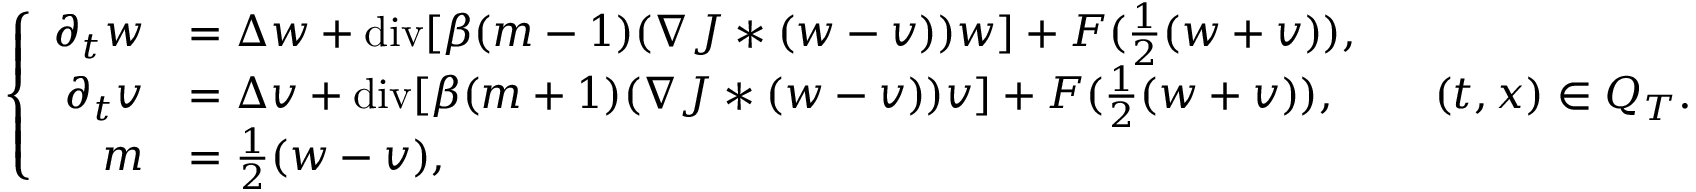
\left\lbrace \begin{array} { r l } { \partial _ { t } w } & { = \Delta w + \mathrm { d i v } [ \beta ( m - 1 ) ( \nabla J * ( w - v ) ) w ] + F ( \frac { 1 } { 2 } ( w + v ) ) , } \\ { \partial _ { t } v } & { = \Delta v + \mathrm { d i v } [ \beta ( m + 1 ) ( \nabla J * ( w - v ) ) v ] + F ( \frac { 1 } { 2 } ( w + v ) ) , } \\ { m } & { = \frac { 1 } { 2 } ( w - v ) , } \end{array} \right. \quad ( t , x ) \in Q _ { T } .